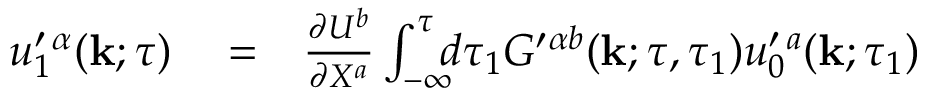
\begin{array} { r l r } { u _ { 1 } ^ { \prime } { } ^ { \alpha } ( { \bf { k } } ; \tau ) } & { { } = } & { \frac { \partial U ^ { b } } { \partial X ^ { a } } \int _ { - \infty } ^ { \tau } \! \! \! d \tau _ { 1 } G ^ { \prime } { } ^ { \alpha b } ( { \bf { k } } ; \tau , \tau _ { 1 } ) u _ { 0 } ^ { \prime } { } ^ { a } ( { \bf { k } } ; \tau _ { 1 } ) } \end{array}